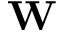
\mathbf W